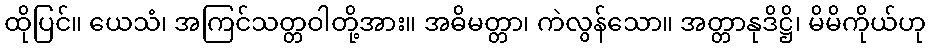
ထိုပြင်။ ယေသံ၊ အကြင်သတ္တဝါတို့အား။ အဓိမတ္တာ၊ ကဲလွန်သော။ အတ္တာနုဒိဋ္ဌိ၊ မိမိကိုယ်ဟု